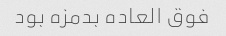
فوق العاده بدمزه بود